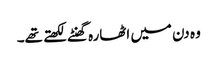
وہ دن میں اٹھارہ گھنٹے لکھتے تھے۔